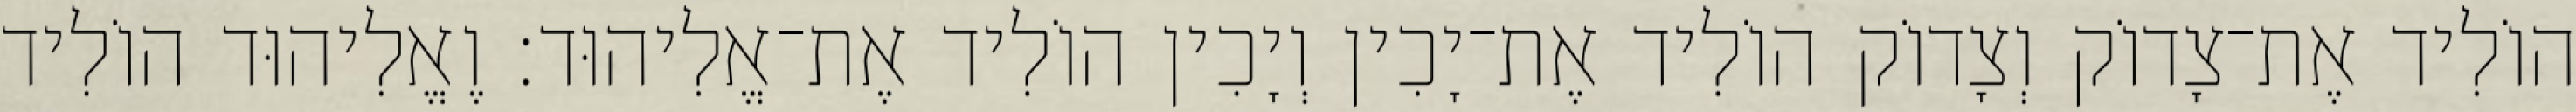
הוֹלִיד אֶת־צָדוֹק וְצָדוֹק הוֹלִיד אֶת־יָכִין וְיָכִין הוֹלִיד אֶת־אֱלִיהוּד׃ וֶאֱלִיהוּד הוֹלִיד